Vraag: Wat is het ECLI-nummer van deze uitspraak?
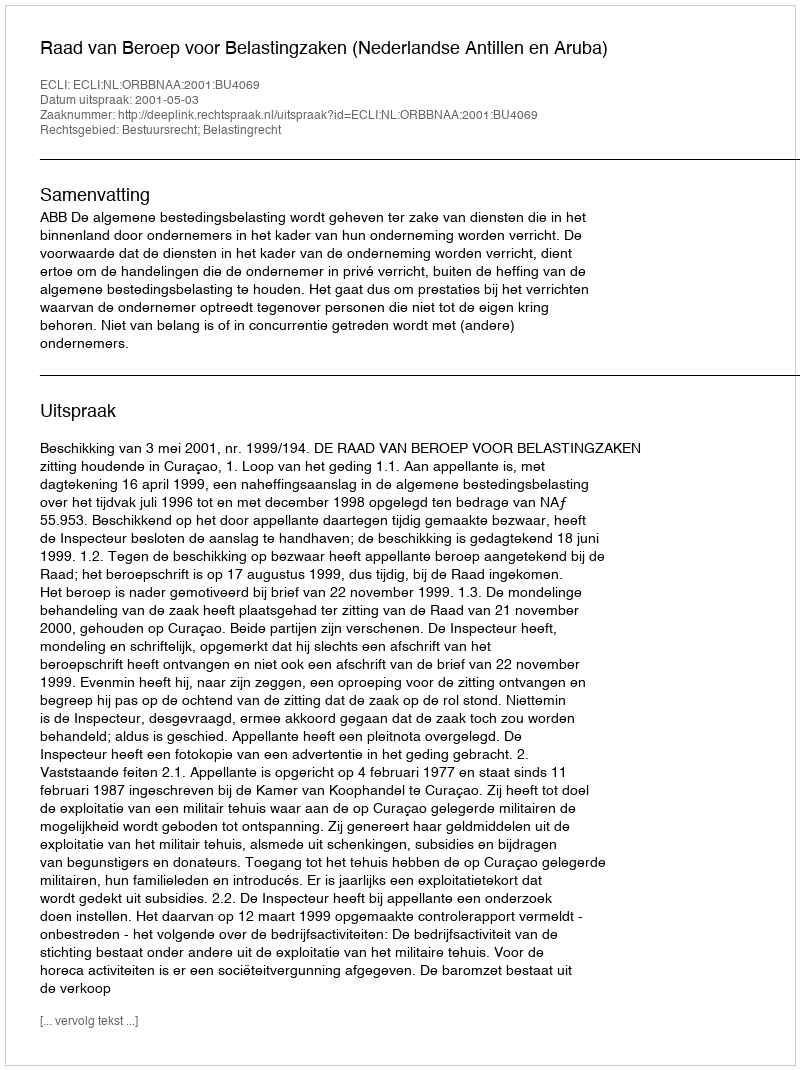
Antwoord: ECLI:NL:ORBBNAA:2001:BU4069